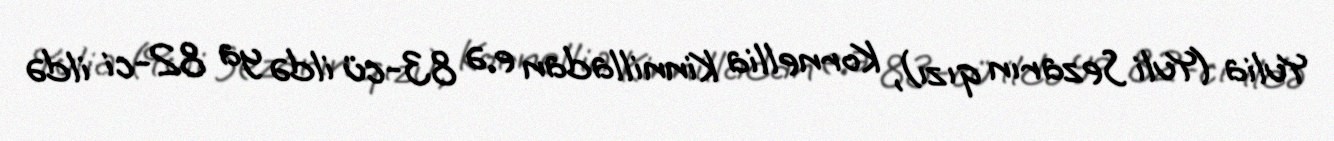
Yulia (Yuli Sezarın qızı), Kornellia Kinnilladan e.ə 83-cü ildə ya 82-ci ildə